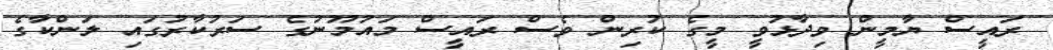
ރައީސް ޔާމީން ވިދާޅުވީ މީގެ ކުރިން ވެސް ރައީސް މައުމޫނުގެ ސަރުކާރުގައި ލަންކާގެ